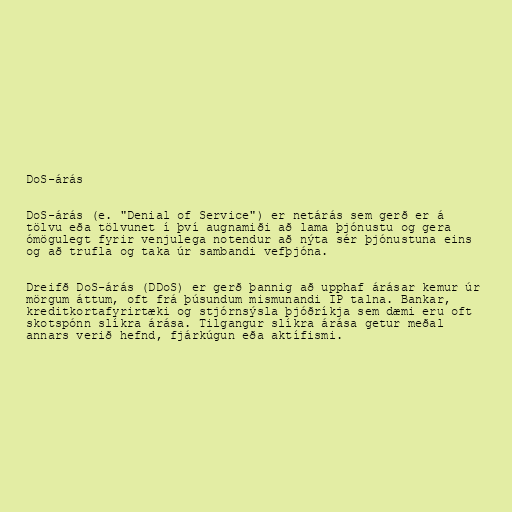
DoS-árás

DoS-árás (e. "Denial of Service") er netárás sem gerð er á
tölvu eða tölvunet í því augnamiði að lama þjónustu og gera
ómögulegt fyrir venjulega notendur að nýta sér þjónustuna eins
og að trufla og taka úr sambandi vefþjóna.

Dreifð DoS-árás (DDoS) er gerð þannig að upphaf árásar kemur úr
mörgum áttum, oft frá þúsundum mismunandi IP talna. Bankar,
kreditkortafyrirtæki og stjórnsýsla þjóðríkja sem dæmi eru oft
skotspónn slíkra árása. Tilgangur slíkra árása getur meðal
annars verið hefnd, fjárkúgun eða aktífismi.